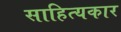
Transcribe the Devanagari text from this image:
साहित्‍यकार